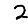
Digit: 2